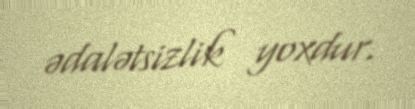
ədalətsizlik yoxdur.